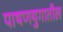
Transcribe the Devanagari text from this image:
पाषणयुगातील